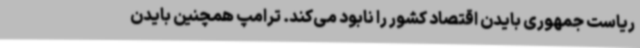
ریاست جمهوری بایدن اقتصاد کشور را نابود می‌کند. ترامپ همچنین بایدن